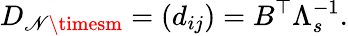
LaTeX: D_{\mathscr{N}\timesm}=\left(d_{ij}\right)=B^{\top}\Lambda_{s}^{-1}.